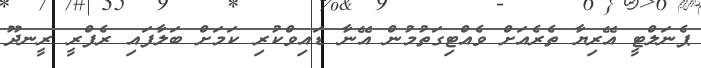
ޕެނަލްޓީ އޭރިޔާ ތެރެއަށް ވެއްޓިގަތުމުން އޭނާ ޑައިވްކުރި ކަމަށް ބަލާފައި ރެފްރީ ރީނދޫ